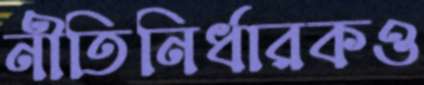
নীতিনির্ধারকও